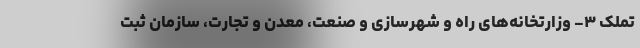
تملک ۳- وزارتخانه‌های راه و شهرسازی و صنعت، معدن و تجارت، سازمان ثبت